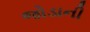
જોડાની